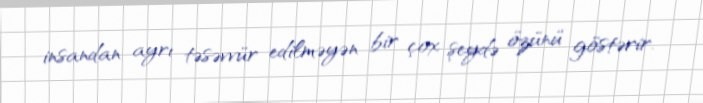
insandan ayrı təsəvvür edilməyən bir çox şeydə özünü göstərir.